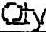
QTY